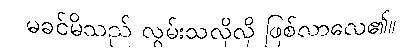
မခင်မိသည် လွမ်းသလိုလို ဖြစ်လာလေ၏။